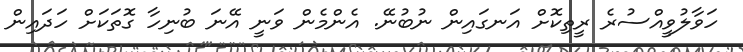
ހަވާލުވީއްސުރެ ރީތިކޮށް އަނގައިން ނުބުނޭ. އެންމެން ވަނީ އޭނަ ބުނިހާ ގޮތަކަށް ހަދައިން